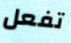
تفعل